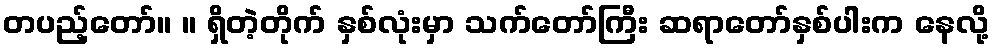
တပည့်တော်။ ။ ရှိတဲ့တိုက် နှစ်လုံးမှာ သက်တော်ကြီး ဆရာတော်နှစ်ပါးက နေလို့